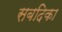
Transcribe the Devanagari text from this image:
सबदिका